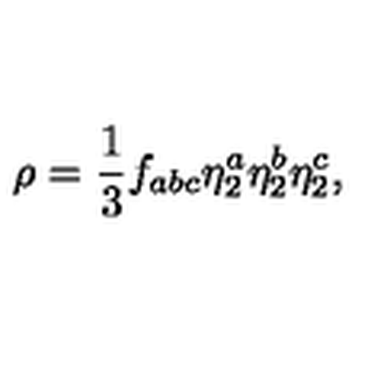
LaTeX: \rho = \frac { 1 } { 3 } f _ { a b c } \eta _ { 2 } ^ { a } \eta _ { 2 } ^ { b } \eta _ { 2 } ^ { c } ,